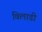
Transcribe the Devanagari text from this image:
विलाडी